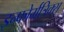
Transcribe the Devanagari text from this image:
इन्फोर्मत्रिक्स